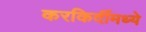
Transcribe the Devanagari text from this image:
करकिर्दीमध्ये